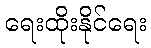
ရေးထိုးနိုင်ရေး